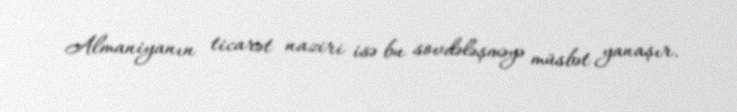
Almaniyanın ticarət naziri isə bu sovdələşməyə müsbət yanaşır.